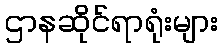
ဌာနဆိုင်ရာရုံးများ